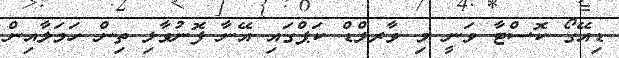
ޑިއޭގޯ ކޮސްޓާ ވަނީ މި ވާރލްޑް ކަޕްގައި އޭނާ ފޮނުވާލި ތިން ހަމަލާއިން